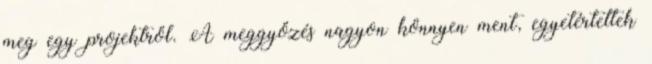
meg egy projektről. A meggyőzés nagyon könnyen ment, egyetértettek